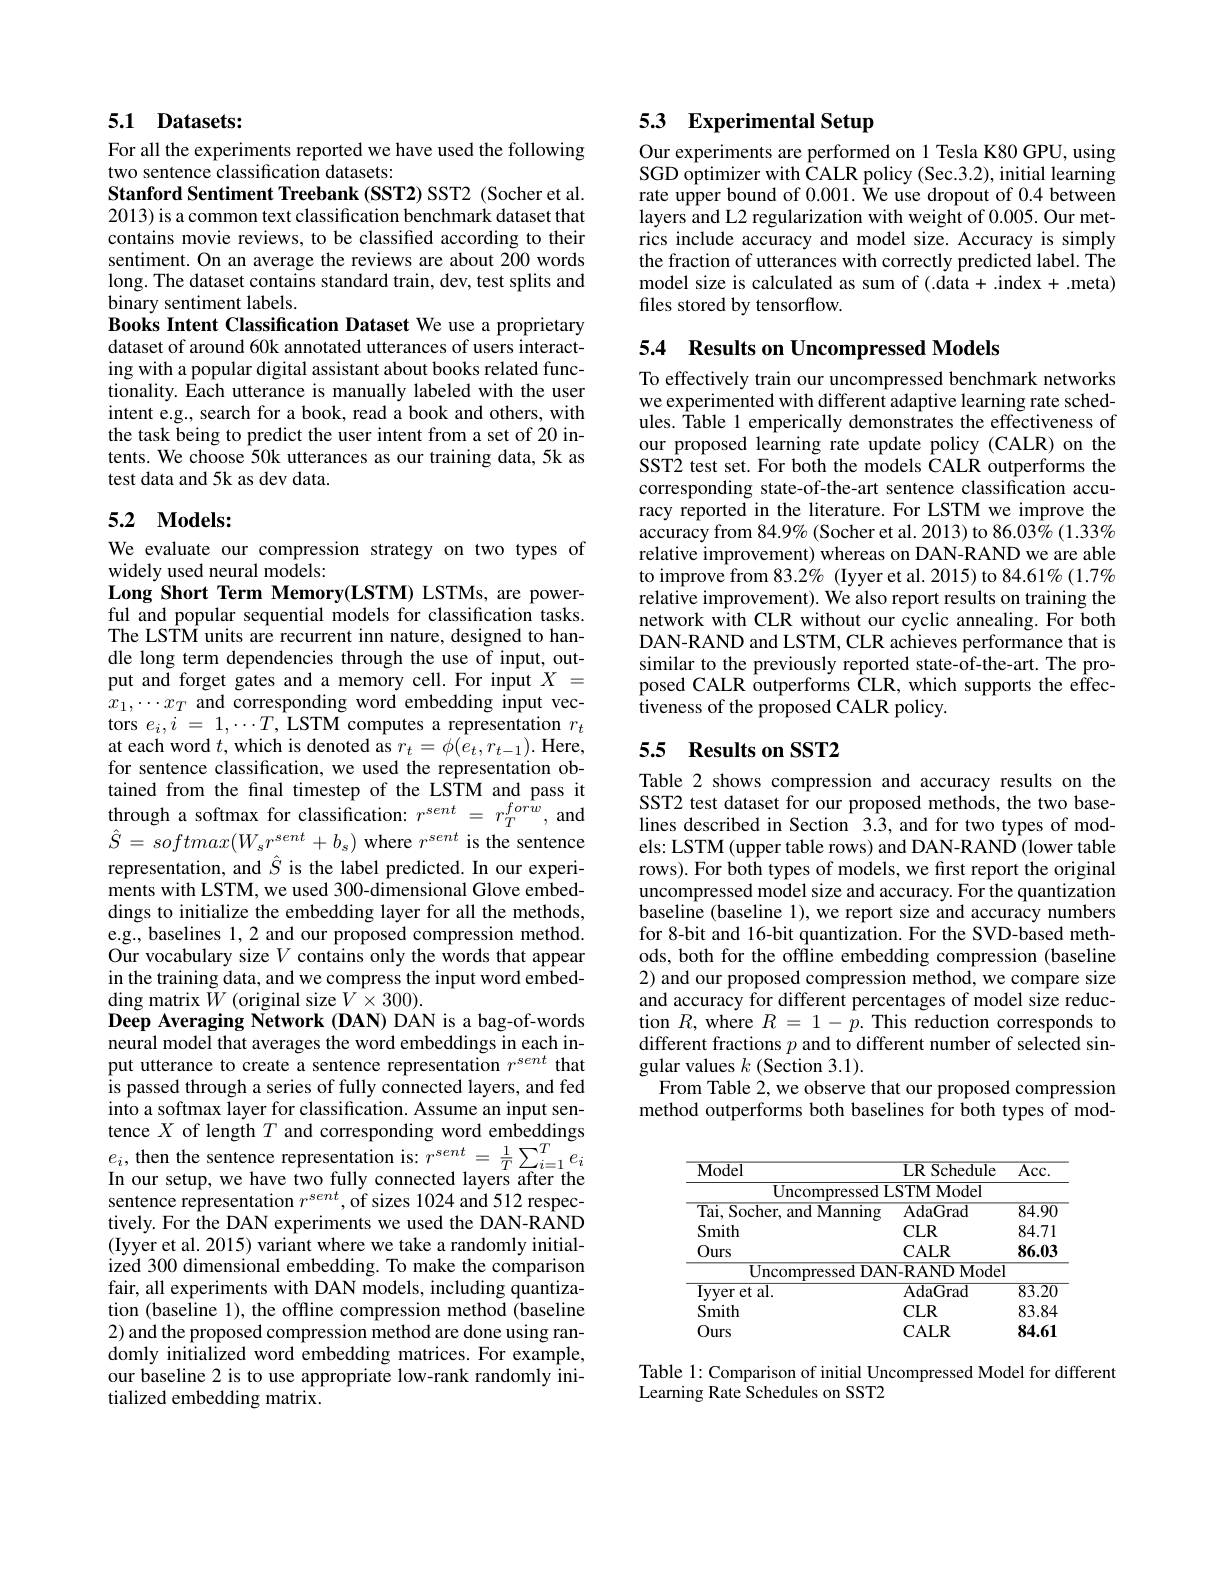
# 5.1 Datasets:

For all the experiments reported we have used the following
two sentence classification datasets:

Stanford Sentiment Treebank (SST2) SST2 (Socher et al. 2013) is a common text classification benchmark dataset that contains movie reviews, to be classified according to their sentiment. On an average the reviews are about 200 words long. The dataset contains standard train, dev, test splits and binary sentiment labels.
Books Intent Classification Dataset We use a proprietary dataset of around 60k annotated utterances of users interacting with a popular digital assistant about books related functionality. Each utterance is manually labeled with the user intent e.g., search for a book, read a book and others, with the task being to predict the user intent from a set of 20 intents. We choose 50k utterances as our training data, 5k as test data and 5k as dev data.

## 5.2 Models:

We evaluate our compression strategy on two types of
widely used neural models:
Long Short Term Memory(LSTM) LSTMs, are powerful and popular sequential models for classification tasks. The LSTM units are recurrent inn nature, designed to handle long term dependencies through the use of input, output and forget gates and a memory cell. For input $X=$ $\hat{x}_{1},\cdots x_{T}$ and corresponding word embedding input vectors $e_i,i=1,\cdots T$, LSTM computes a representation $r_t$ $\underset{c}{\operatorname*{at}}$each word $t$,which is denoted as $r_t=\phi(e_t,r_{t-1}).$ Here, for sentence classification, we used the representation obtained from the final timestep of the LSTM and pass it through a softmax for classification: $r^{sent}=r_T^{forw}$, and $\hat{S}=softmax(W_{s}r^{sent}+b_{s})$ where $r^sent$ is the sentence representation, and $\hat{S}$ is the label predicted. In our experiments with LSTM, we used 300-dimensional Glove embeddings to initialize the embedding layer for all the methods, e.g., baselines 1, 2 and our proposed compression method. Our vocabulary size $V$ contains only the words that appear in the training data, and we compress the input word embedding matrix $\dot{W}$ (original size $V\times300).$
Deep Averaging Network (DAN) DAN is a bag-of-words neural model that averages the word embeddings in each input utterance to create a sentence representation $r^{sent}$ that is passed through a series of fully connected layers, and fed into a softmax layer for classification. Assume an input sentence $X$ of length $T$ and corresponding word embeddings $e_{i}$, then the sentence representation is: $r^sent=\frac1T\sum_{i=1}^Te_i$ In our setup, we have two fully connected layers after the sentence representation $r^{sent},\tilde{\text{of sizes 1024 and 512 respec-}}$ tively. For the DAN experiments we used the DAN-RAND (Iyyer et al. 2015) variant where we take a randomly initialized 300 dimensional embedding. To make the comparison fair, all experiments with DAN models, including quantization (baseline 1), the offline compression method (baseline 2) and the proposed compression method are done using randomly initialized word embedding matrices. For example, our baseline 2 is to use appropriate low-rank randomly initialized embedding matrix.

# 53 Experimental Setup

Our experiments are performed on 1 Tesla K80 GPU, using $SGD$ optimizer with CALR policy (Sec.3.2), initial learning rate upper bound of 0.001. We use dropout of 0.4 between layers and L2 regularization with weight of 0.005. Our metrics include accuracy and model size. Accuracy is simply the fraction of utterances with correctly predicted label. The model size is calculated as sum of (.data + .index + .meta) files stored by tensorflow.

5.4 Results on Uncompressed Models

To effectively train our uncompressed benchmark networks we experimented with different adaptive learning rate schedules. Table 1 emperically demonstrates the effectiveness of our proposed learning rate update policy (CALR) on the SST2 test set. For both the models CALR outperforms the corresponding state-of-the-art sentence classification accuracy reported in the literature. For LSTM we improve the $\hat{\text{accuracy from 84.9\% (Socher et al.2013) to 86.03}\%}(1.33\%$ relative improvement) whereas on DAN-RAND we are able to improve from 83.2% (Iyyer et al. 2015) to 84.61% (1.7%) relative improvement). We also report results on training the network with CLR without our cyclic annealing. For both DAN-RAND and LSTM, CLR achieves performance that is similar to the previously reported state-of-the-art. The proposed CALR outperforms $\hat{C}$LR, which supports the e$\hat{f}$fec- tiveness of the proposed CALR policy.

# 5.5 Results on SST2

Table 2 shows compression and accuracy results on the SST2 test dataset for our proposed methods, the two baselines described in Section 3.3, and for two types of models: LSTM (upper table rows) and DAN-RAND (lower table rows). For both types of models, we first report the original uncompressed model size and accuracy. For the quantization baseline (baseline 1), we report size and accuracy numbers for 8-bit and 16-bit quantization. For the SVD-based methods, both for the offline embedding compression (baseline 2) and our proposed compression method, we compare size and accuracy for different percentages of model size reduction $R$,where $R=1-p.$ This reduction corresponds to different fractions $p$ and to different number of selected singular values $k$ (Section 3.1).
From Table 2, we observe that our proposed compression method outperforms both baselines for both types of mod-

<table>
	<tbody>
		<tr>
			<th>$\overline{\mathrm{Model}}$</th>
			<th>LRSchedule</th>
			<th>$\overline{\mathrm{Acc.}}$</th>
		</tr>
		<tr>
			<td>Uncompressed LS</td>
			<td>STMModel</td>
			<td> </td>
		</tr>
		<tr>
			<td>Tai, Socher, and Manning</td>
			<td>AdaGrad</td>
			<td>$\overline{84.90}$</td>
		</tr>
		<tr>
			<td>Smith</td>
			<td>$CLR$</td>
			<td>84.71</td>
		</tr>
		<tr>
			<td>Ours</td>
			<td>$\mathbf{CALR}$</td>
			<td>86.03</td>
		</tr>
		<tr>
			<td>${\mathrm{Uncompressed~DAN}}$</td>
			<td>V- RANDMode</td>
			<td> </td>
		</tr>
		<tr>
			<td>Ivyer et al. </td>
			<td>AdaGrad</td>
			<td>$\overline{83.20}$</td>
		</tr>
		<tr>
			<td>Smith</td>
			<td>$CLR$</td>
			<td>83.84</td>
		</tr>
		<tr>
			<td>Ours</td>
			<td>$\mathbf{CALR}$</td>
			<td>84.61</td>
		</tr>
	</tbody>
</table>

Table 1: Comparison of initial Uncompressed Model for different
Learning Rate Schedules on SST2